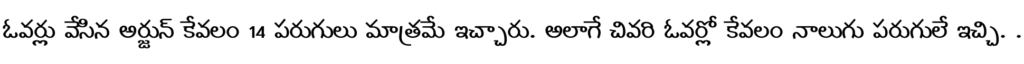
ఓవర్లు వేసిన అర్జున్ కేవలం 14 పరుగులు మాత్రమే ఇచ్చారు. అలాగే చివరి ఓవర్లో కేవలం నాలుగు పరుగులే ఇచ్చి. .